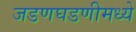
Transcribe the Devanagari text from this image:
जडणघडणीमध्ये